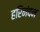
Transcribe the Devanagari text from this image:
हरिनंदन